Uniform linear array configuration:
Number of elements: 24
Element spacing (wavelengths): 0.75
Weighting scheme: binomial
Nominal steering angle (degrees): -15
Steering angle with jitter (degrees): -15.31
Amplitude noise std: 0.05
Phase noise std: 0.05

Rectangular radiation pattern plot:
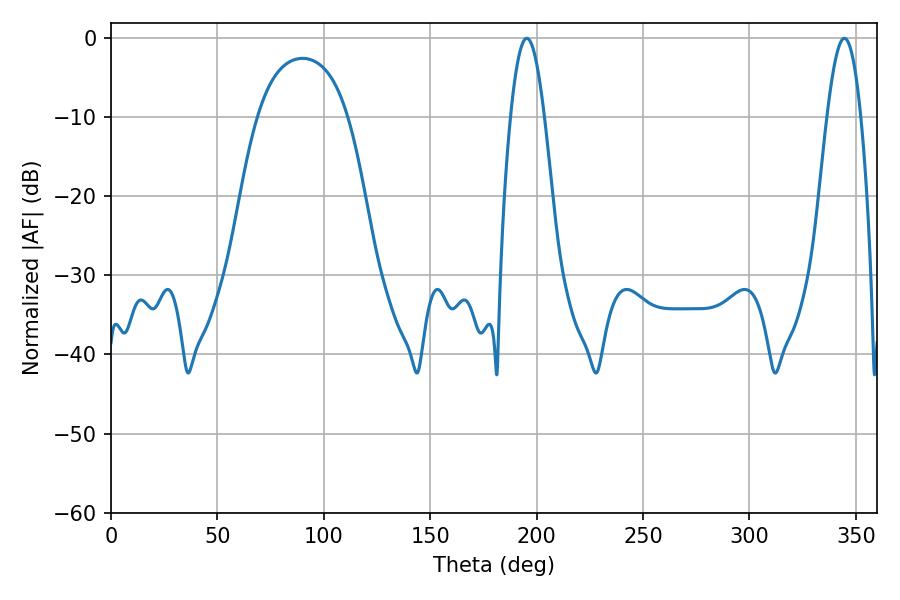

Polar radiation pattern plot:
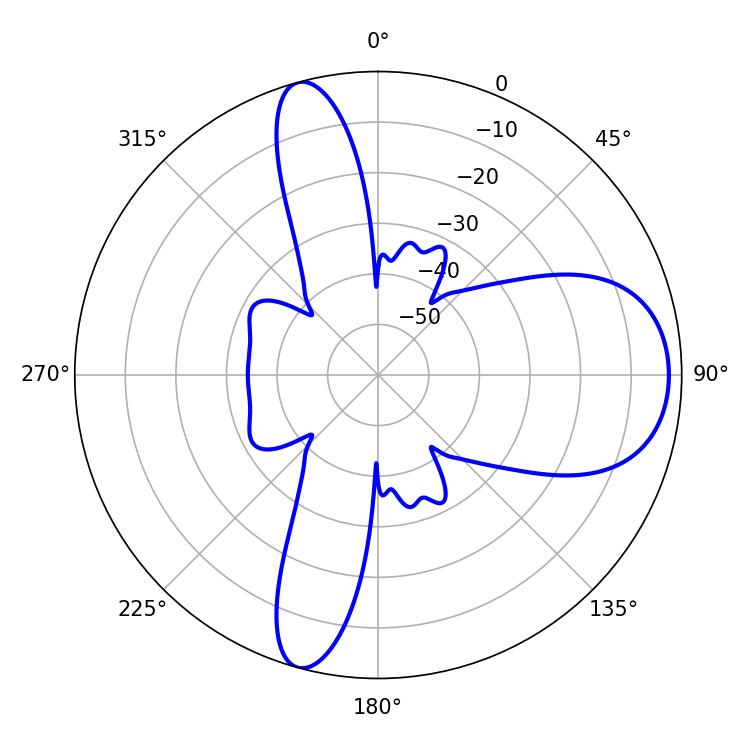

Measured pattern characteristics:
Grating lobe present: TRUE
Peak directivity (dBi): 10.043
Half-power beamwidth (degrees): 8.64
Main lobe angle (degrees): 195.3